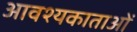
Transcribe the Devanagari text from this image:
आवश्यकाताओं